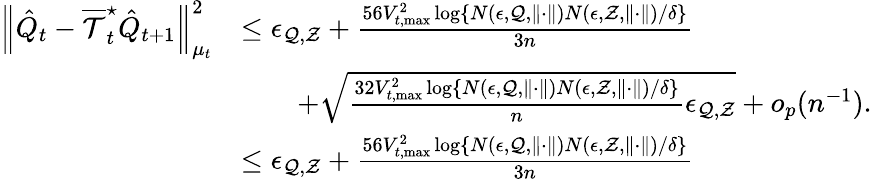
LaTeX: \begin{array}{rl}{\left\| \hat{Q}_{t}-\overline{{\mathcal{T}}}_{t}^{\star}\hat{Q}_{t+1}\right\| _{\mu_{t}}^{2}}&{\leq\epsilon_{\mathcal{Q},\mathcal{Z}}+\frac{56V_{t,\operatorname*{max}}^{2}\log\{ {N(\epsilon,\mathcal{Q},\| \cdot\| )N(\epsilon,\mathcal{Z},\| \cdot\| )}/{\delta}\} }{3n}}\\ &{\qquad+\sqrt{\frac{32V_{t,\operatorname*{max}}^{2}\log\{ {N(\epsilon,\mathcal{Q},\| \cdot\| )N(\epsilon,\mathcal{Z},\| \cdot\| )}/{\delta}\} }{n}\epsilon_{\mathcal{Q},\mathcal{Z}}}+o_{p}(n^{-1}).}\\ &{\leq\epsilon_{\mathcal{Q},\mathcal{Z}}+\frac{56V_{t,\operatorname*{max}}^{2}\log\{ {N(\epsilon,\mathcal{Q},\| \cdot\| )N(\epsilon,\mathcal{Z},\| \cdot\| )}/{\delta}\} }{3n}}\end{array}